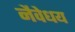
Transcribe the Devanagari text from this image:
नैवेधय